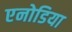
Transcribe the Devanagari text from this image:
एनोडिया